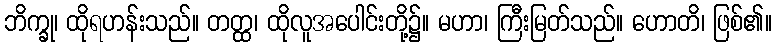
ဘိက္ခု၊ ထိုရဟန်းသည်။ တတ္ထ၊ ထိုလူအပေါင်းတို့၌။ မဟာ၊ ကြီးမြတ်သည်။ ဟောတိ၊ ဖြစ်၏။